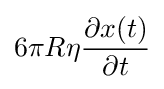
6\pi R\eta {\frac {\partial x(t)}{\partial t}}